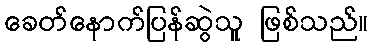
ခေတ်နောက်ပြန်ဆွဲသူ ဖြစ်သည်။